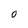
Character: O